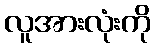
လူအားလုံးကို